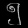
Digit: ၅